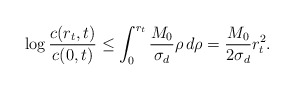
\begin{align*}\log \frac{c(r_{t},t)}{c(0,t)} \le \int_{0}^{r_{t}}\frac{M_{0}}{\sigma_{d}}\rho \,d\rho=\frac{M_{0}}{2\sigma_{d}}r_{t}^{2}.\end{align*}